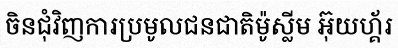
ចិនជុំវិញការប្រមូលជនជាតិម៉ូស្លីម អ៊ុយហ្គ័រ